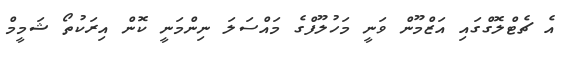
އެ ޗެޓްލޮގްގައި އަޒްމޫން ވަނީ މަހުލޫފްގެ މައްސަލަ ނިންމަނީ ކޮން އިރަކުތޯ ޝަމީމް